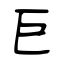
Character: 巨